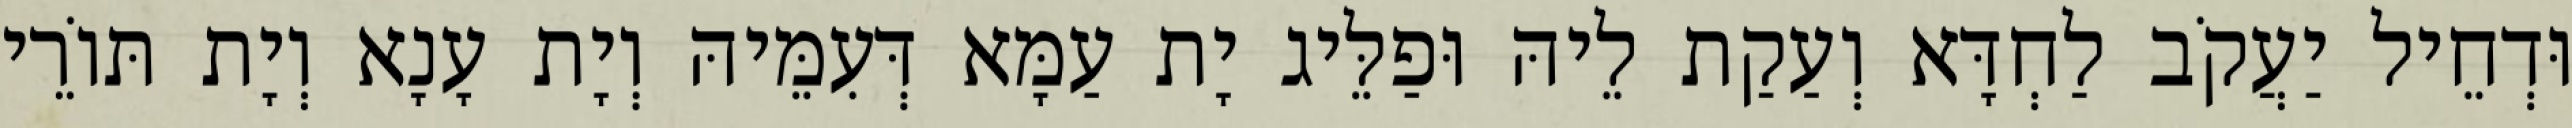
וּדְחֵיל יַעֲקֹב לַחְדָּא וְעַקַת לֵיהּ וּפַלֵּיג יָת עַמָּא דְּעִמֵּיהּ וְיָת עָנָא וְיָת תּוֹרֵי